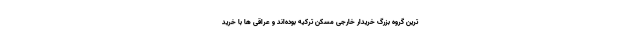
ترین گروه بزرگ خریدار خارجی مسکن ترکیه بوده‌اند و عراقی ها با خرید